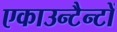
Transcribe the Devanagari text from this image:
एकाउन्टैन्टों